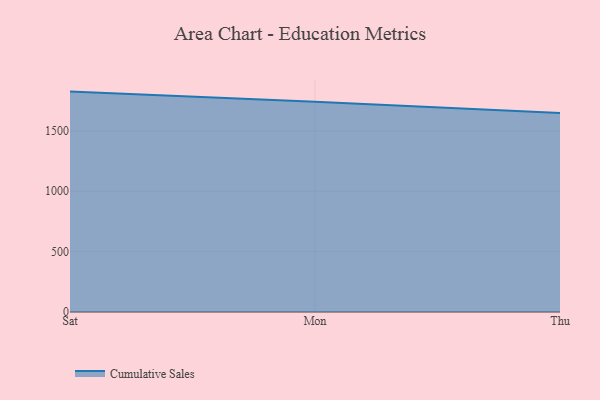
{"axis": {"x": "Day", "y": "Waste Production (Tons)"}, "legend": ["Cumulative Sales"], "data": [{"x": "Sat", "y": 1825.4, "type": "Cumulative Sales"}, {"x": "Mon", "y": 1741.7, "type": "Cumulative Sales"}, {"x": "Thu", "y": 1647.9, "type": "Cumulative Sales"}]}